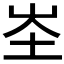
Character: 𭖏